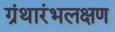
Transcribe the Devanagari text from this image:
ग्रंथारंभलक्षण